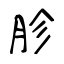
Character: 胗